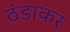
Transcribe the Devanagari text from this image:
ठंडाकर